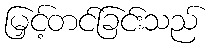
မြှင့်တင်ခြင်းသည်